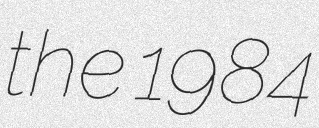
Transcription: the 1984